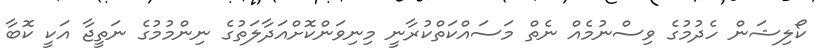
ކޯލިޝަން ހެދުމުގެ ވިސްނުމެއް ނެތް މަސައްކަތްކުރާނީ މިނިވަންކޮށްއަދާލަތުގެ ނިންމުމުގެ ނަތީޖާ އަކީ ކޮބާ